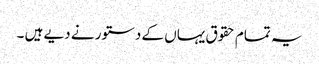
یہ تمام حقوق یہاں کے دستور نے دیے ہیں ۔